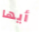
أيها